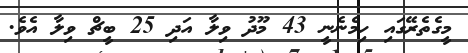
މީގެތެރޭގައި ހިމެނެނީ 43 މޫދު ވިލާ އަދި 25 ބީޗް ވިލާ އެވެ.